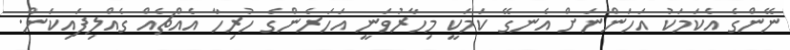
ނޭންގެ އެކަމަކު އަހަންނަށް އެނގޭ ކަމަކީ މިހާރުވަނީ އަހަރެންގެ ހުރިހާ އެއްޗެއް ގެއްލިފައިކަން.